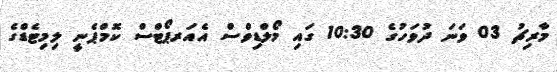
މާރިޗު 03 ވަނަ ދުވަހުގެ 10:30 ގައި މޯލްޑިވްސް އެއަރޕޯޓްސް ކޮމްޕެނީ ލިމިޓެޑްގެ